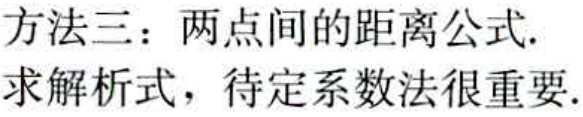
方法三：两点间的距离公式.
求解析式，待定系数法很重要.